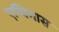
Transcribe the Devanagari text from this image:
एम्बिगास